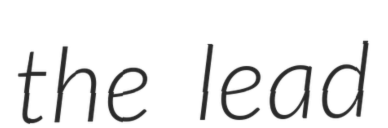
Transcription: the lead